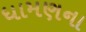
ધામણના